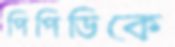
পিপিডিকে